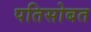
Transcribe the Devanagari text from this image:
पतिसोबत